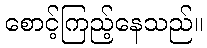
စောင့်ကြည့်နေသည်။